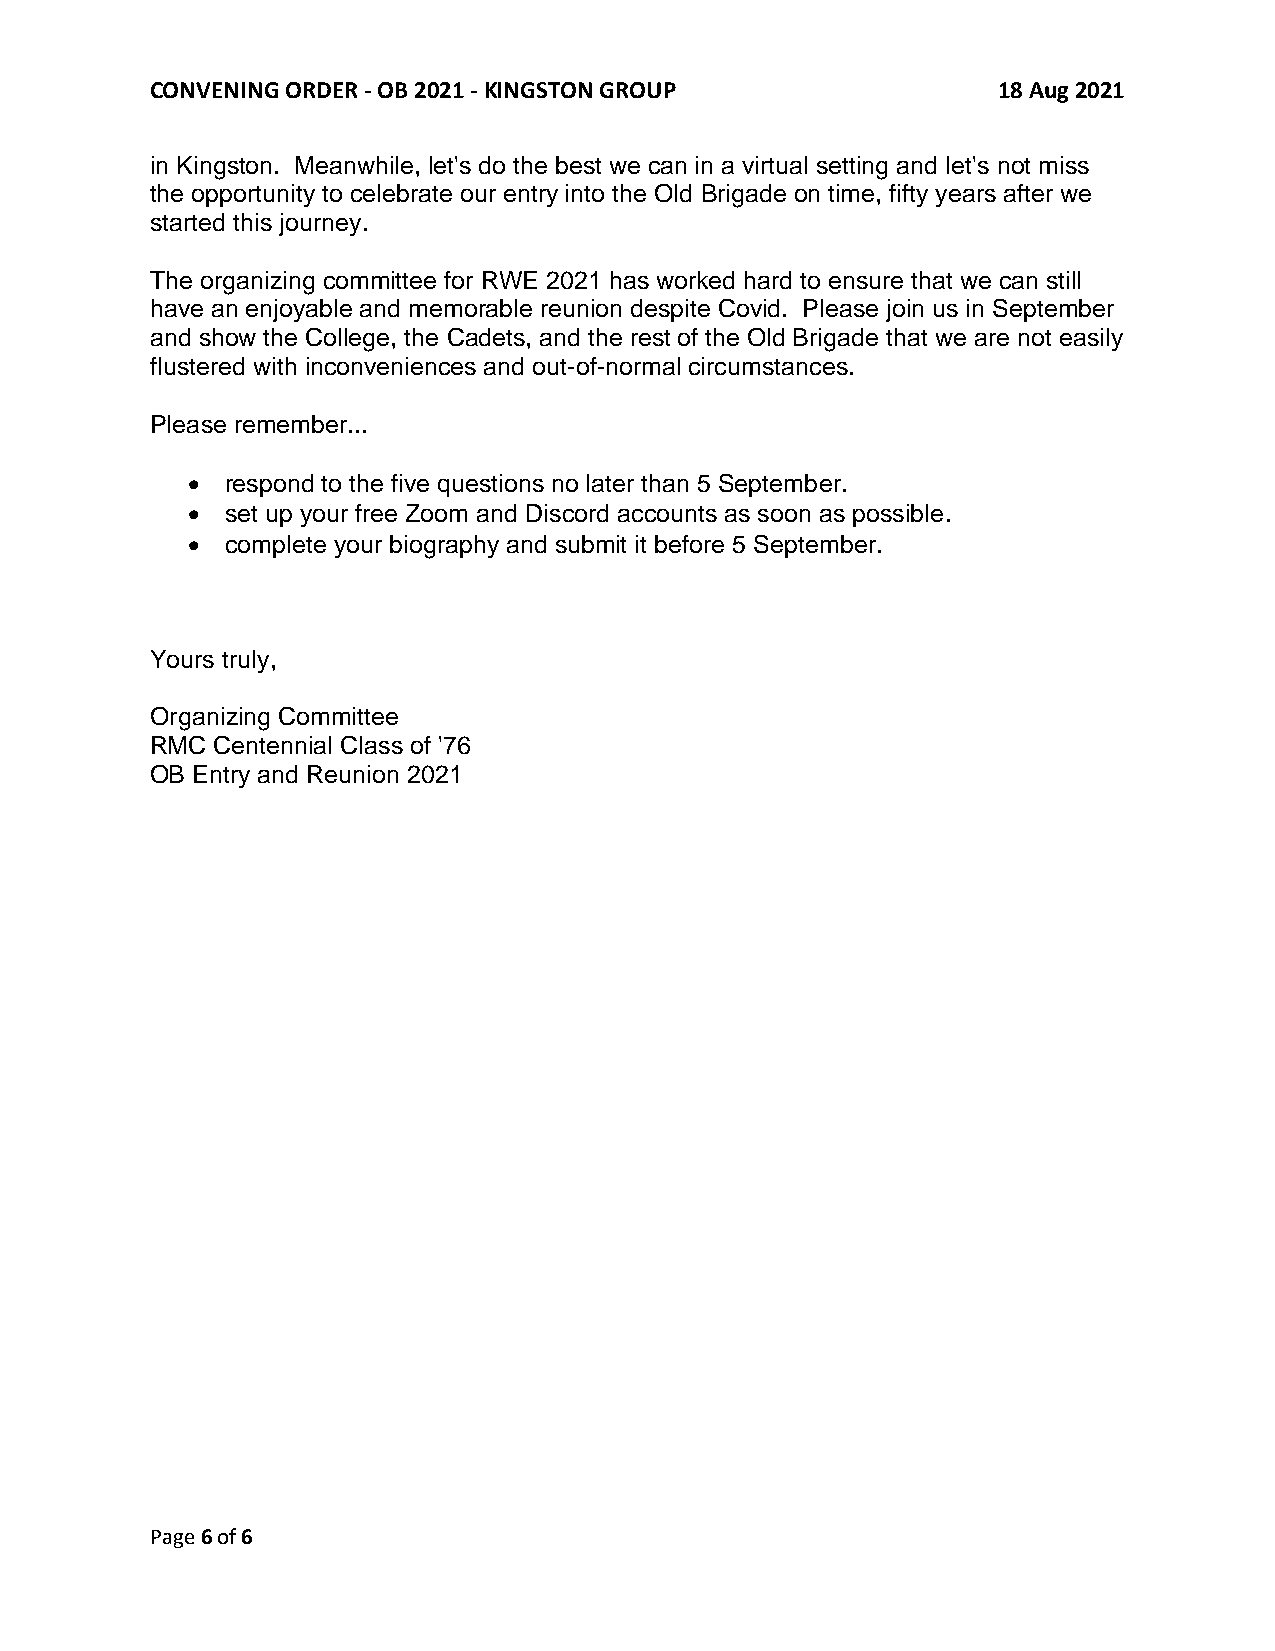
CONVENING ORDER - OB 2021 - KINGSTON GROUP              18 Aug 2021
 in Kingston. Meanwhile, let's do the best we can in a virtual setting and let's not miss
 the opportunity to celebrate our entry into the Old Brigade on time, fifty years after we
 started this journey.
 The organizing committee for RWE 2021 has worked hard to ensure that we can still
 have an enjoyable and memorable reunion despite Covid. Please join us in September
 and show the College, the Cadets, and the rest of the Old Brigade that we are not easily
 flustered with inconveniences and out-of-normal circumstances.
 Please remember...
 •  respond to the five questions no later than 5 September.
 •  set up your free Zoom and Discord accounts as soon as possible.
 •  complete your biography and submit it before 5 September.
 Yours truly,
 Organizing Committee
 RMC Centennial Class of '76
 OB Entry and Reunion 2021
 Page 6 of 6